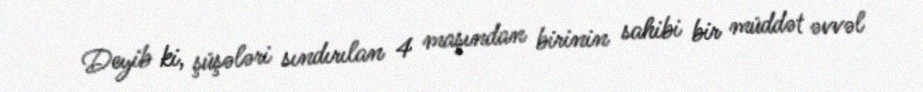
Deyib ki, şüşələri sındırılan 4 maşından birinin sahibi bir müddət əvvəl